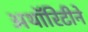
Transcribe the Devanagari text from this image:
अथॉरिटीने